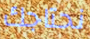
نحتاجك